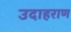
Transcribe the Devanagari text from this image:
उदाहराण